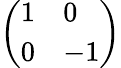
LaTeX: \left(\begin{array}{ll}{1}&{0}\\ {0}&{-1}\end{array}\right)